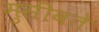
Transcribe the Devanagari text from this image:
मुसीबते